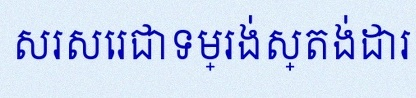
សរសេរជាទម្រង់ស្តង់ដារ